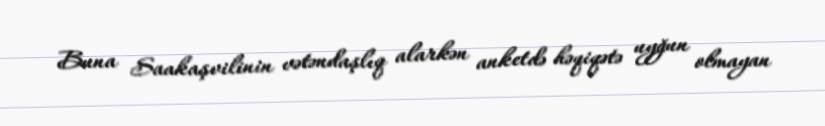
Buna Saakaşvilinin vətəndaşlıq alarkən anketdə həqiqətə uyğun olmayan